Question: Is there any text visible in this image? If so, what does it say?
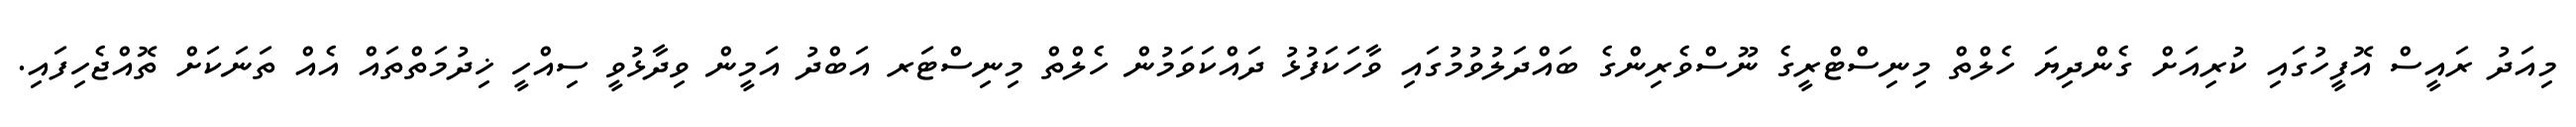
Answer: މިއަދު ރައީސް އޮފީހުގައި ކުރިއަށް ގެންދިޔަ ހެލްތް މިނިސްޓްރީގެ ނޫސްވެރިންގެ ބައްދަލުވުމުގައި ވާހަކަފުޅު ދައްކަވަމުން ހެލްތް މިނިސްޓަރ އަބްދު އަމީން ވިދާޅުވީ ސިއްހީ ޚިދުމަތްތައް އެއް ތަނަކަށް ތޮއްޖެހިފައި.